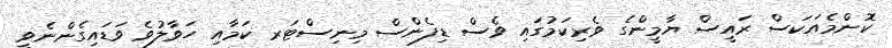
ކޮންމެއަކަސް ރައީސް ޔާމީންގެ ވެރިކަމުގައި ވެސް ޑިފެންސް މިނިސްޓަރ ކަމާއި ހަވާލުވެ ވަޑައިގެންނެވީ